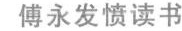
傅永发愤读书